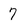
Character: 7